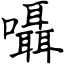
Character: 囁